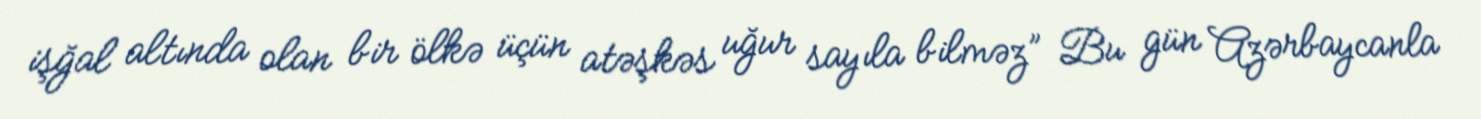
işğal altında olan bir ölkə üçün atəşkəs uğur sayıla bilməz” Bu gün Azərbaycanla